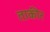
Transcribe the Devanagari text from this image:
ताकीर